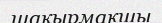
шақырмақшы